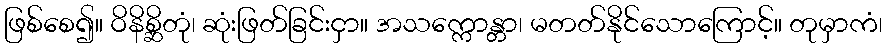
ဖြစ်စေ၍။ ဝိနိစ္ဆိတုံ၊ ဆုံးဖြတ်ခြင်းငှာ။ အသက္ကောန္တာ၊ မတတ်နိုင်သောကြောင့်။ တုမှာကံ၊